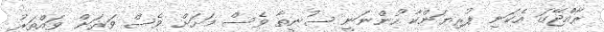
ރާއްޖޭގަ އެކަނި ޕުރިޔަންކާ ހުންނަނީ ސުނީތާ ވެސް މަށަށް ވެސް ވަރަށް ވައްތަރު